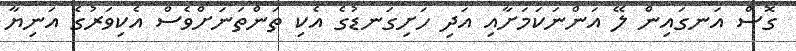
ގޮސް އަނގައިން ލޭ އަންނަކަމަށާއި އަދި ހަށިގަނޑުގެ އެކި ތަންތަނަށްވެސް އެކިވަރުގެ އަނިޔާ